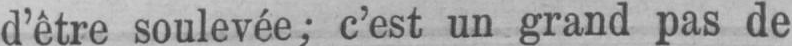
d’être soulevée; c’est un grand pas de